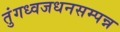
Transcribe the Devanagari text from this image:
तुंगध्वजधनसम्पन्न